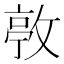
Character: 𢾛